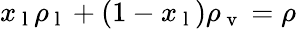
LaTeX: x_{\mathrm{~l~}}\rho_{\mathrm{~l~}}+(1-x_{\mathrm{~l~}})\rho_{\mathrm{~v~}}=\rho